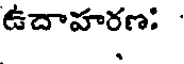
ఉదాహరణ: